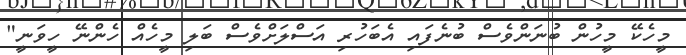
މީހެކޭ މީހުން ބުނަންވެސް ބުނެފައި އެބަހުރި އަސްލަށްވެސް ބަލި މީހެއް ހެންނޭ ހީވަނީ"